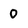
Character: 0